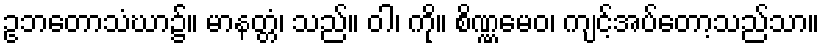
ဥဘတောသံဃာ၌။ မာနတ္တံ၊ သည်။ ဝါ၊ ကို။ စိဏ္ဏမေဝ၊ ကျင့်အပ်တော့သည်သာ။